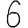
Digit: 6